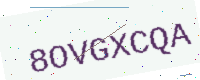
Text: 8OVGXCQA